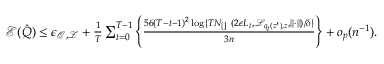
\begin{array} { r l } & { \mathcal { E } ( \hat { Q } ) \leq \epsilon _ { \mathcal { Q } , \mathcal { Z } } + \frac { 1 } { T } \sum _ { t = 0 } ^ { T - 1 } \left\{ \frac { 5 6 ( T - t - 1 ) ^ { 2 } \log \{ { T N _ { \mathrm { [ ] ~ } } ( 2 \epsilon L _ { t } , \mathcal { L } _ { q _ { t } ( z ^ { \prime } ) , z } , \| \cdot \| ) } / { \delta } \} } { 3 n } \right\} + o _ { p } ( n ^ { - 1 } ) . } \end{array}